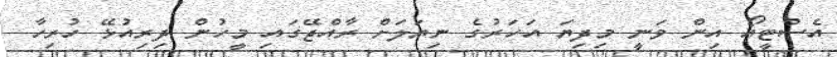
އެސްޓީއޯ އިން ވަނީ މިދިޔަ އަހަރުގެ ނިޔަލަށް ރާއްޖޭގައި މީހުން ދިރިއުޅޭ ހުރިހާ